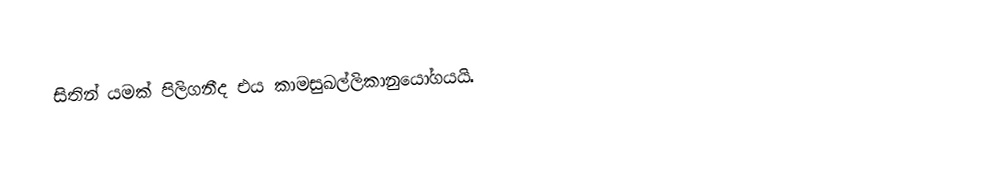
සිතින් යමක් පිලිගනීද එය කාමසුඛල්ලිකානුයෝගයයි.